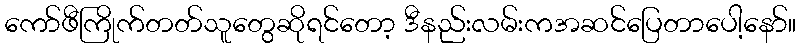
ကော်ဖီကြိုက်တတ်သူတွေဆိုရင်တော့ ဒီနည်းလမ်းကအဆင်ပြေတာပေါ့နော်။